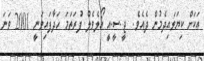
އަކަށް ކިޔަވައިދެމުން ދެއެވެ.  ޖީ.ސީ.އީ އޯލެވެލް ފުރަތަމަ ހަދާފައިވަނީ 2001 ވަނަ